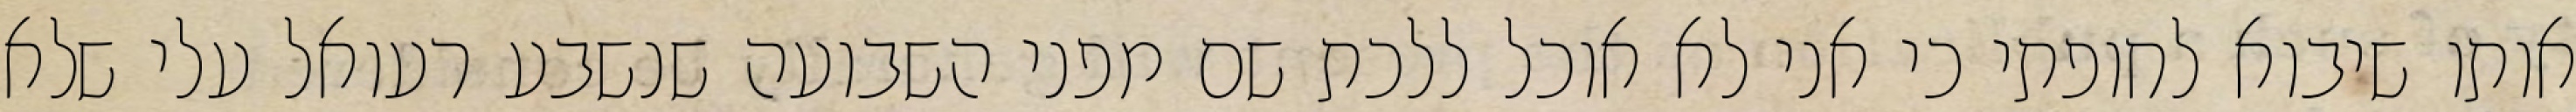
אותו שיבוא לחופתי כי אני לא אוכל ללכת שם מפני השבועה שנשבע רעואל עלי שלא